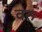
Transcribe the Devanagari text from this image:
वरु